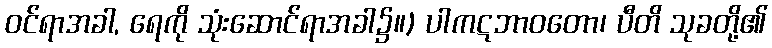
ဝင်ရာအခါ, ရေကို သုံးဆောင်ရာအခါ၌။) ပါကဋဘာဝတော၊ ပီတိ သုခတို့၏